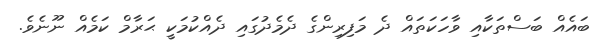
ބައެއް ބަސްތަކާއި ވާހަކަތައް ދެ މަފިރިންގެ ދެމެދުގައި ދެއްކުމަކީ ޙަރާމް ކަމެއް ނޫނެވެ.